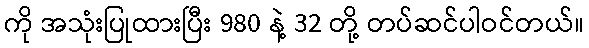
ကို အသုံးပြုထားပြီး 980 နဲ့ 32 တို့ တပ်ဆင်ပါဝင်တယ်။